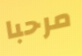
مرحبا